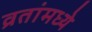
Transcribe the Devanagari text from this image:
व्रतांमध्ये